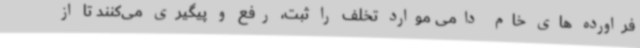
فراورده های خام دامی موارد تخلف را ثبت، رفع و پیگیری می‌کنند تا از